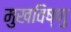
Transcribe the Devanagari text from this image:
मुखविष्णु